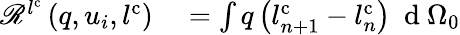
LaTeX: \begin{array}{rl}{\mathscr{R}^{l^{\mathrm{c}}}\left(q,u_{i},l^{\mathrm{c}}\right)}&{{}=\int q\left(l_{n+1}^{\mathrm{c}}-l_{n}^{\mathrm{c}}\right)\ \mathrm{~d~}{\Omega_{0}}}\end{array}